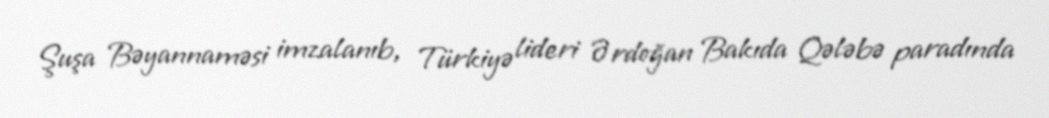
Şuşa Bəyannaməsi imzalanıb, Türkiyə lideri Ərdoğan Bakıda Qələbə paradında